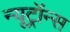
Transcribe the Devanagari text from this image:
न्यूट्रॉन्स